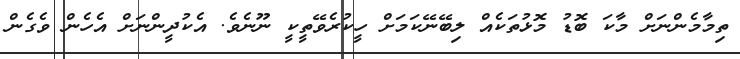
ތިމާމެންނަށް މާކަ ބޮޑު މޮޅުތަކެއް ލިބޭނޭކަމަށް ހީކުރެވޭތީކީ ނޫނެވެ. އެކުދީންނަށް އެހެން ވެގެން